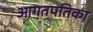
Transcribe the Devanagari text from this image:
आगतपतिका